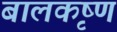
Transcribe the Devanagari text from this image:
बालकृष्‍ण